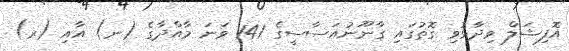
އޮފިޝަލް ވިދާޅުވި ގޮތުގައި ގާނޫނުއަސާސީގެ 141 ވަނަ މާއްދާގެ (ނ) އާއި (ރ)